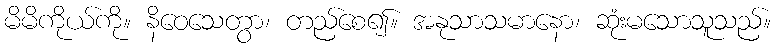
မိမိကိုယ်ကို။ နိဝေသေတွာ၊ တည်စေ၍။ အနုသာသမာနော၊ ဆုံးမသောသူသည်။